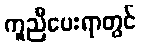
ကူညီပေးရာတွင်